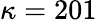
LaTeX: \kappa=201